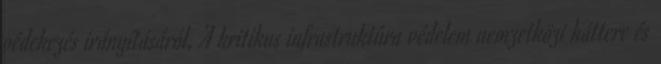
védekezés irányításáról, A kritikus infrastruktúra védelem nemzetközi háttere és